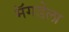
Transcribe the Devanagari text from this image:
मॅगडेला